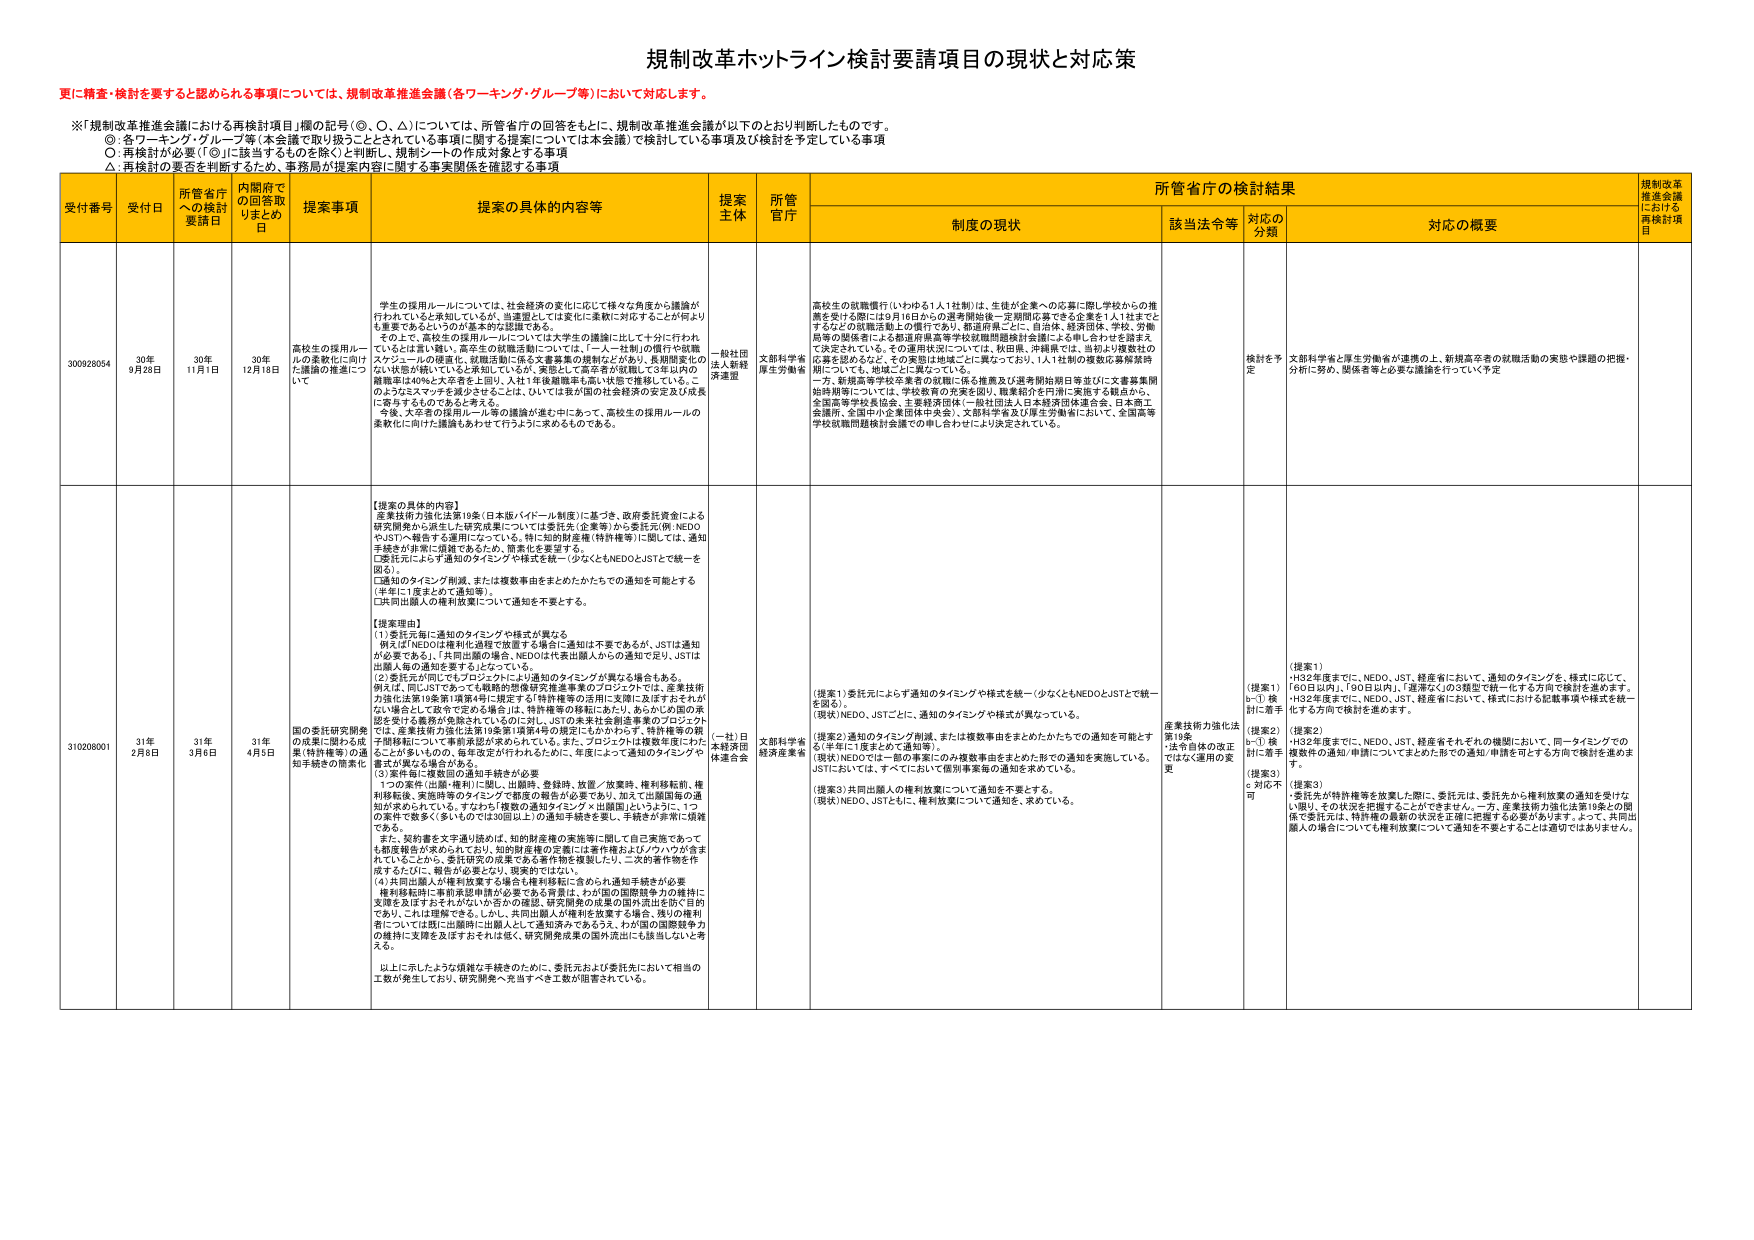
規制改革ポストライン検討要請項目の現状と対応策

更に精査・検討を要すると認められる事項については、規制改革推進会議（各ワーキンググループ等）において対応します。

※「規制改革推進会議における再検討項目」欄の記号（◎、○、△）については、所管省庁の回答をもとに、規制改革推進会議が以下のとおり判断したものです。
◎：各ワーキンググループ等（本会議で取り扱うこととされている事項に関する提案については本会議）で検討している事項及び検討を予定している事項
○：再検討が必要（「◎」に該当するものを除く）と判断し、規制シートの作成対象とする事項
△：再検討の要否を判断するため、事務局が提案内容に関する事実関係を確認する事項

| 受付番号 | 受付日 | 所管省庁への検討要請日 | 内閣府での回答取りまとめ日 | 提案事項 | 提案の具体的内容等 | 提案主体 | 所管官庁 | 所管省庁の検討結果 | 規制改革推進会議における再検討項目 |
|----------|--------|------------------------|--------------------------|----------|---------------------|----------|----------|---------------------|------------------|
| | | | | | | | | 制度の現状 | 該当法令等 | 対応の分類 | 対応の概要 | |
| 300928054 | 30年9月28日 | 30年11月1日 | 30年12月18日 | 高校生の採用ルールの柔軟化に向けた議論の推進について | 学生の採用ルールについては、社会経済の変化に応じて様々な角度から議論が行われていると承知しているが、当連盟としては更に柔軟に対応することが益々重要であるというのが基本的な認識である。 その上で、高校生の採用ルールについては大学生の議論に比して十分に行われているとは言い難い。高卒の就職活動については、「一人一社制」の履行や就職スケジュールの硬直化、就職活動に係る文書募集の規制などが為り、長期間変化のない状態が続いていると承知しているが、実態として高卒者が就職して3年以内の離職率は40％と大学生を上回り、人材1年間離職率も高い状態で推移している。このようなミスマッチを減少させるには、ひいては我が国の社会経済の安定及び成長に寄与するものであると考える。 今後、大学生の採用ルール等の議論が進む中において、高校生の採用ルールの柔軟化に向けた議論もあわせて行うよう求めるものである。 | 一般社団法人新経済連盟 | 文部科学省厚生労働省 | 高校生の就職慣行（いわゆる1人1社制）は、生徒が企業への応募に際し学校からの推薦を受ける際に12月1日からの選考開始を一定期間応募できる企業を1人1社までとするなどの就職活動上の慣行であり、都道府県ごとに、自治体、経済団体、学校、労働局等の関係者による都道府県高等学校就職問題検討会議による申し合わせを踏まえて決定されている。その運用状況については、秋田県、沖縄県では、当初より優数校の応募を認めなど、その実態は地域ごとに異なっており、1人1社制の緩和応募解禁時期についても、地域ごとに異なっている。 一方、新規高等学校卒業者の就職に係る推薦及び選考開始日等並びに文書募集開始時期等については、学校教育の充実を図り、職業紹介を円滑に実施する観点から、全国高等学校長協会、主要経済団体（一般社団法人日本経済団体連合会、日本商工会議所、全国中小企業団体中央会）、文部科学省及び厚生労働省において、全国高等学校就職問題検討会議での申し合わせにより決定されている。 | | 検討を予定 | 文部科学省と厚生労働省が連携の上、新規高卒者の就職活動の実態や課題の把握・分析に努め、関係者等と必要な議論を行っていく予定 | |
| 310208001 | 31年2月8日 | 31年3月6日 | 31年4月5日 | 国の委託研究開発の成果に関わる成果（特許権等）の通知手続きの簡素化 | 【提案の具体的な内容】 産業技術力強化法第19条（日本版ハイドー制度）に基づき、政府委託資金による研究開発から派生した研究成果については委託先（企業等）から委託元（例：NEDOやJST）へ報告する運用になっている。特に知的財産権（特許権等）に関しては、通知手続きが非常に煩雑であるため、簡素化を要望する。 ①委託元による通知のタイミングや様式を統一（少なくともNEDOとJSTで統一を図る）。 ②通知のタイミング削減、または複数事由をまとめたかたちでの通知を可能とする（半年に1度まとめた通知等）。 ③共同出願人の権利放棄について通知を不要とする。 【提案理由】 （1）委託元毎に通知のタイミングや様式が異なる 例えばNEDOは権利化過程で放置する場合に通知不要であるが、JSTは通知が必要である。「共同出願の場合、NEDOは代表出願人からの通知で足り、JSTは出願人毎の通知を要する」となっている。 （2）委託元が同じでもプロジェクトにより通知のタイミングが異なる場合もある。 例えば、同じJSTであっても戦略的挑戦研究推進事業のプロジェクトでは、産業技術力強化法第19条第1項第4号に規定する「特許権等の活用に支障に及ぼすおそれがない場合として政令で定める場合」は、特許権等の移転にあたり、あらかじめ国の承認を受ける義務が免除されているのに対し、JSTの未来社会創造事業のプロジェクトでは、産業技術力強化法第19条第1項第4号の規定にかかわらず、特許権等の既存関係者について事前承認が求められている。また、プロジェクトは複数年度にわたることが多いものの、毎年改定が行われるために、年度によって通知のタイミングや書式が異なる場合がある。 （3）案件毎に複数回の通知手続きが必要 1つの案件（出願・権利）に関し、出願時、登録時、放棄／放棄時、権利移転前、権利移転後、実施時等のタイミングで報告の報告が必要であり、加えて出願国毎の通知が求められている。すなわち「複数の通知がたこづく出願国」というように、1つの案件で数多く（多いものでは30回以上）の通知手続きを要し、手続きが非常に煩雑である。 また、契約書を文字通り読みれば、知的財産権の実施等に関して自己実施であっても都度報告が求められており、知的財産権の実施には著作権およびノウハウが含まれていることから、委託研究の成果である著作物を複製したり、二次的著作物を作成するたびに、報告が必要となり、現実的ではない。 （4）共同出願人が権利放棄する場合も権利移転に含められ通知手続きが必要 権利移転時に事業承認申請が必要である背景は、わが国の国際競争力の維持に支障を及ぼすおそれがないか否かの確認、研究開発の成果の国内外流出を防ぐ目的であり、これは理解できる。しかし、共同出願人が権利を放棄する場合、残りの権利者については既に出願時に出願人として通知済みであるうえ、わが国の国際競争力の維持に支障を及ぼすおそれはなく、研究開発成果の国外流出にも該当しないと考える。 以上に示したような煩雑な手続きのために、委託元および委託先において相当の工数が発生しており、研究開発へ充当すべき工数が阻害されている。 | （一社）日本経済団体連合会 | 文部科学省経済産業省 | （提案1）委託元による通知のタイミングや様式を統一（少なくともNEDOとJSTで統一を図る）。 （現状）NEDO、JSTごとに、通知のタイミングや様式が異なっている。 （提案2）通知のタイミング削減、または複数事由をまとめたかたちでの通知を可能とする（半年に1度まとめた通知等）。 （現状）NEDOでは一部の事業にのみ複数事由をまとめた形での通知を実施している。JSTにおいては、すべてにおいて個別事業毎の通知を求めている。 （提案3）共同出願人の権利放棄について通知を不要とする。 （現状）NEDO、JSTともに、権利放棄について通知を、求めている。 | 産業技術力強化法第19条・法令自体の改正ではなく運用の変更 | （提案1）b-① 検討に着手 （提案2）b-① 検討に着手 （提案3）c 対応不可 | （提案1）・H32年度までに、NEDO、JST、経産省において、通知のタイミングを、様式に応じて、「60日以内」、「90日以内」、「遅滞なく」の3種類で統一化する方向で検討を進めます。・H32年度までに、NEDO、JST、経産省において、様式における記載事項や様式を統一化する方向で検討を進めます。 （提案2）・H32年度までに、NEDO、JST、経産省それぞれの機関において、同一タイミングでの複数件の通知／申請についてまとめた形での通知／申請を可とする方向で検討を進めるま す。 （提案3）・委託先が特許権等を放棄した際に、委託元は、委託先から権利放棄の通知を受けない限り、その状況を把握することができません。一方、産業技術力強化法第19条との関係で委託元は、特許権の最新の状況を正確に把握する必要があります。よって、共同出願人の場合についても権利放棄について通知を不要とすることは適切ではありません。 |